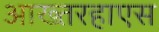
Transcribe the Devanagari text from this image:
आख्तरहाएस